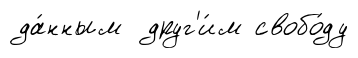
да́нным друг'и́м свобо́ду